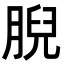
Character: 腉